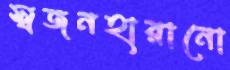
স্বজনহারানো